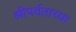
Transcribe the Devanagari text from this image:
श्रीपर्वताच्या